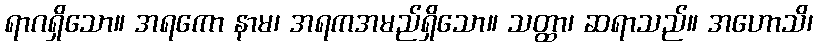
ရာဂရှိသော။ အရကော နာမ၊ အရကအမည်ရှိသော။ သတ္ထာ၊ ဆရာသည်။ အဟောသိ၊